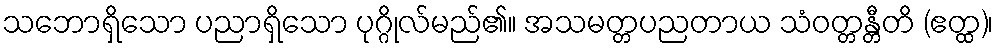
သဘောရှိသော ပညာရှိသော ပုဂ္ဂိုလ်မည်၏။ အသမတ္တပညတာယ သံဝတ္တန္တီတိ (ဧတ္ထ)၊